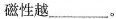
磁性越_______。